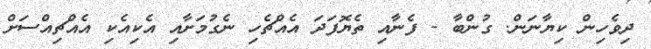
ދިވެހިން ކިޔާނަން. ގުންބާ - ފެނާއި ތެޔޮފަދަ އެއްޗެހި ނެގުމަށާއި އެކިއެކި އެއްޗިއްސަށް